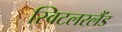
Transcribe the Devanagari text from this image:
स्विटलरलैंड